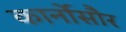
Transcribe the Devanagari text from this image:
कार्नोसौर